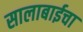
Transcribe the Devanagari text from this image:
सालाबाईचा